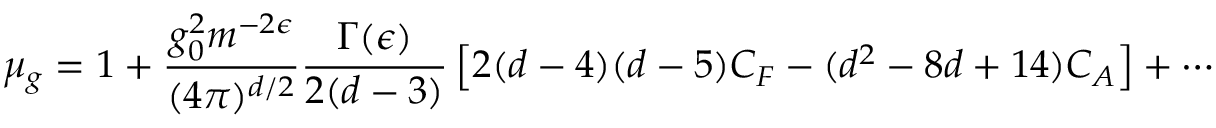
\mu _ { g } = 1 + \frac { g _ { 0 } ^ { 2 } m ^ { - 2 \epsilon } } { ( 4 \pi ) ^ { d / 2 } } \frac { \Gamma ( \epsilon ) } { 2 ( d - 3 ) } \left[ 2 ( d - 4 ) ( d - 5 ) C _ { F } - ( d ^ { 2 } - 8 d + 1 4 ) C _ { A } \right] + \cdots